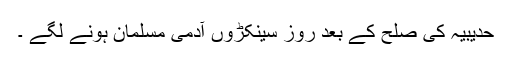
حدیبیہ کی صلح کے بعد روز سینکڑوں آدمی مسلمان ہونے لگے ۔